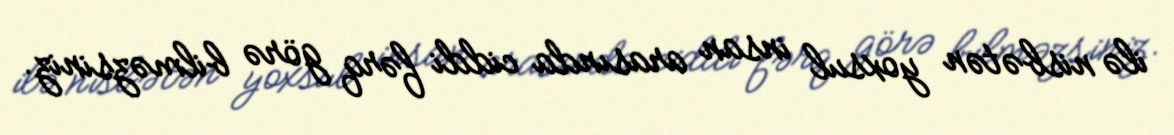
ilə nisbətən yoxsul insan arasında ciddi fərq görə bilməzsiniz.